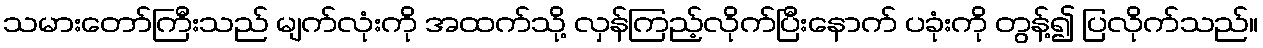
သမားတော်ကြီးသည် မျက်လုံးကို အထက်သို့ လှန်ကြည့်လိုက်ပြီးနောက် ပခုံးကို တွန့်၍ ပြလိုက်သည်။